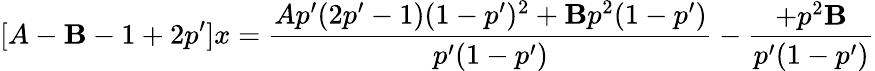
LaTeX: [A-\mathbf{B}-1+2p^{\prime}]x=\frac{{Ap^{\prime}(2p^{\prime}-1)(1-p^{\prime})^{2}+\mathbf{B}p^{2}(1-p^{\prime})}}{{p^{\prime}(1-p^{\prime})}}-\frac{{+p^{2}\mathbf{B}}}{{p^{\prime}(1-p^{\prime})}}